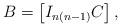
LaTeX: \begin{align*}B=\left[I_{n(n-1)} C\right],\end{align*}